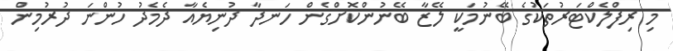
މި ރިފްލެކްޓަރުތަކުގެ ބޭނުމަކީ ލޭޒާ ބޭނުންކޮށްގެން ހަނދާ ދުނިޔެއާ ދެމެދު ހުންނަ ދުރުމިން